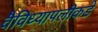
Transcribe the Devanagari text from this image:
वैविध्यापलीकडे